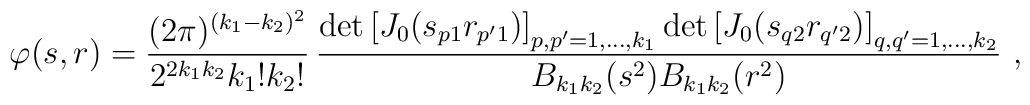
\varphi(s,r) = \frac{(2\pi)^{(k_1-k_2)^2}}{2^{2k_1k_2}k_1!k_2!} \,     \frac{\det\left[J_0(s_{p1}r_{p'1})\right]_{p,p'=1,\ldots,k_1}          \det\left[J_0(s_{q2}r_{q'2})\right]_{q,q'=1,\ldots,k_2}}                {B_{k_1k_2}(s^2)B_{k_1k_2}(r^2)} \ ,